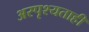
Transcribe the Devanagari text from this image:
अस्पृश्यताही